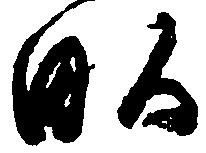
畝